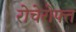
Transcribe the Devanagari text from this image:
रोचेरोफ्त